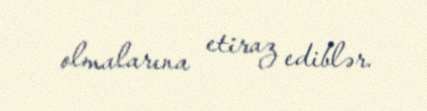
olmalarına etiraz ediblər.